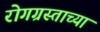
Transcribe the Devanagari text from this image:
रोगग्रस्ताच्या